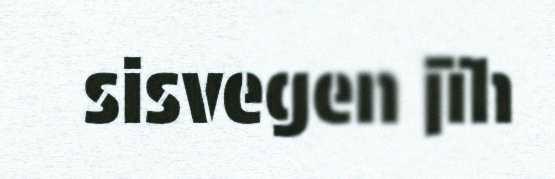
sisvegen jïh